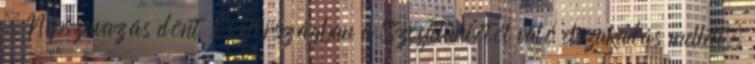
– Népszavazás dönt Észtországban a Szovjetuniótól való elszakadás mellett.